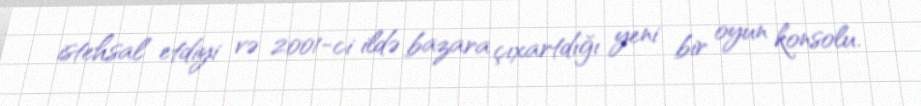
istehsal etdiyi və 2001-ci ildə bazara çıxartdığı yeni bir oyun konsolu.